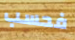
فحسب